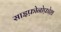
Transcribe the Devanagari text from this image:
साइफ़ोनोफ़ोश